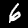
Label: 6